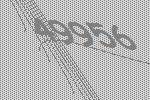
49956